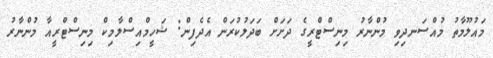
މައުލޫމާތު މުއްސަނދިވި މުންނާރު މިނިސްޓްރީގެ ދަށަށް ބަދަލުކުރަން އެދެފިން: ޝަހީމްއިސްލާމިކް މިނިސްޓްރީއާ މުންނާރު